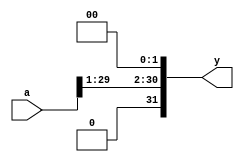
`timescale 1ns / 1ps
//////////////////////////////////////////////////////////////////////////////////
// Company: 
// Engineer: 
// 
// Design Name: 
// Module Name: s12
// Project Name: 
// Target Devices: 
// Tool Versions: 
// Description: 
// 
// Dependencies: 
// 
// Revision:
// Revision 0.01 - File Created
// Additional Comments:
// 
//////////////////////////////////////////////////////////////////////////////////


module sl2 (input [31:0] a,
output [31:0] y);
// shift left by 2
assign y = {a[29:01], 2'b00};
endmodule